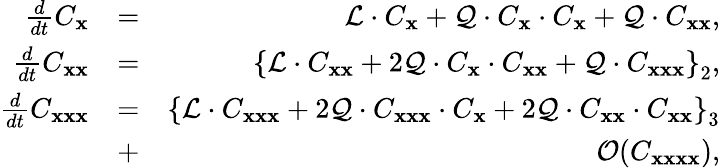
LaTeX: \begin{array}{rlr}{\frac{d}{dt}C_{\mathbf x}}&{=}&{{\cal L}\cdot C_{\mathbf x}+{\cal Q}\cdot C_{\mathbf x}\cdot C_{\mathbf x}+{\cal Q}\cdot C_{{\mathbf x}{\mathbf x}},}\\ {\frac{d}{dt}C_{{\mathbf x}{\mathbf x}}}&{=}&{\left\lbrace{\cal L}\cdot C_{{\mathbf x}{\mathbf x}}+2{\cal Q}\cdot C_{\mathbf x}\cdot C_{{\mathbf x}{\mathbf x}}+{\cal Q}\cdot C_{{\mathbf x}{\mathbf x}{\mathbf x}}\right\rbrace_{2},}\\ {\frac{d}{dt}C_{{\mathbf x}{\mathbf x}{\mathbf x}}}&{=}&{\left\lbrace{\cal L}\cdot C_{{\mathbf x}{\mathbf x}{\mathbf x}}+2{\cal Q}\cdot C_{{\mathbf x}{\mathbf x}{\mathbf x}}\cdot C_{{\mathbf x}}+2{\cal Q}\cdot C_{{\mathbf x}{\mathbf x}}\cdot C_{{\mathbf x}{\mathbf x}}\right\rbrace_{3}}\\ &{+}&{{\cal O}(C_{{\mathbf x}{\mathbf x}{\mathbf x}{\mathbf x}}),}\end{array}